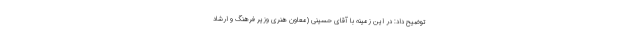
توضیح داد: در این زمینه با آقای حسینی (معاون هنری وزیر فرهنگ و ارشاد